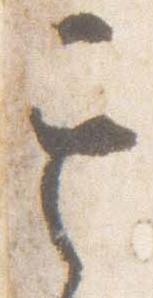
其